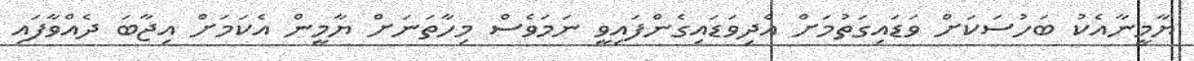
ޔާމީނާއެކު ބަހުސަކަށް ވަޑައިގަތުމަށް އެދިވަޑައިގެންފައިވީ ނަމަވެސް މިހާތަނަށް ޔާމީން އެކަމަށް އިޖާބަ ދެއްވާފައި